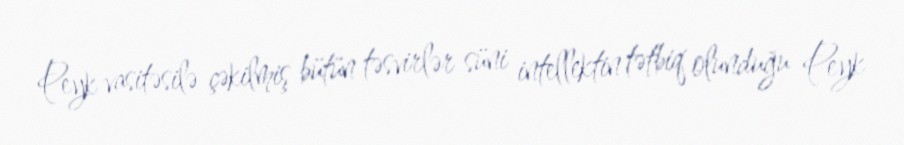
Peyk vasitəsilə çəkilmiş bütün təsvirlər süni intellektin tətbiq olunduğu Peyk